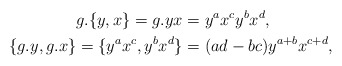
\begin{align*} g.\{y,x\} = g.yx &=y^ax^cy^bx^d, \\ \{g.y,g.x\} =\{y^ax^c,y^bx^d\} &= (ad-bc)y^{a+b}x^{c+d},\end{align*}